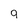
Character: 9